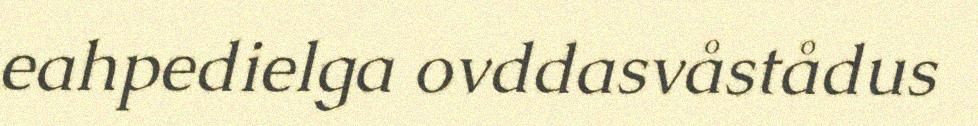
eahpedielga ovddasvåstådus